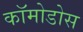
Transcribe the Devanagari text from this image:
कॉमोडोस